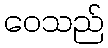
ဝေသည်